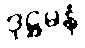
ဒုဋ္ဌမနံ